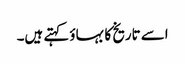
اسے تاریخ کا بہاؤ کہتے ہیں۔